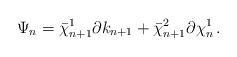
\begin{align*}\Psi_n = \bar\chi_{n+1}^1 \partial k_{n+1} + \bar\chi_{n+1}^2 \partial \chi_n^1 \, .\end{align*}